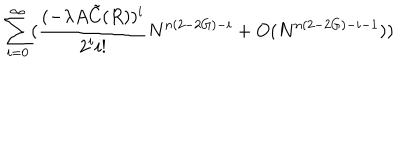
\sum _ { i = 0 } ^ { \infty } ( \frac { ( - \lambda A { \tilde { C } } ( R ) ) ^ { i } } { 2 ^ { i } i ! } N ^ { n ( 2 - 2 G ) - i } + O ( N ^ { n ( 2 - 2 G ) - i - 1 } ) )